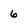
Character: 6